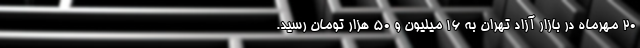
۲۰ مهرماه در بازار آزاد تهران به ۱۶ میلیون و ۵۰ هزار تومان رسید.